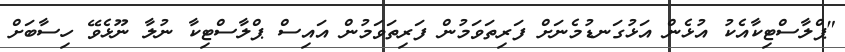
"ޕްލާސްޓިކާއެކު އުޅެން އަޅުގަނޑުމެނަށް ފަރިތަވަމުން ފަރިތަވަމުން އައިސް ޕްލާސްޓިކާ ނުލާ ނޫޅެވޭ ހިސާބަށް